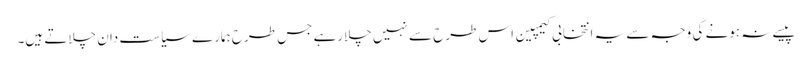
پیسے نہ ہونے کی وجہ سے یہ انتخابی کیمپین اس طرح سے نہیں چلارہے جس طرح ہمارے سیاست دان چلاتے ہیں۔